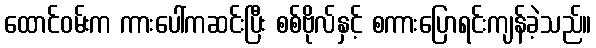
ထောင်ဝမ်းက ကားပေါ်ကဆင်းပြီး စစ်ဗိုလ်နှင့် စကားပြောရင်းကျန်ခဲ့သည်။